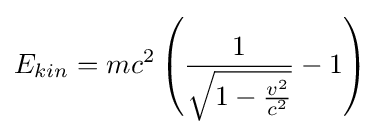
E_{kin}=mc^{2}\left({\frac {1}{\sqrt {1-{\frac {v^{2}}{c^{2}}}}}}-1\right)